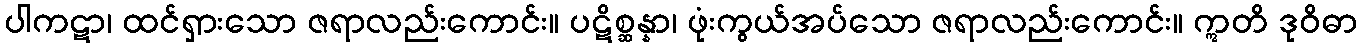
ပါကဋာ၊ ထင်ရှားသော ဇရာလည်းကောင်း။ ပဋိစ္ဆန္နာ၊ ဖုံးကွယ်အပ်သော ဇရာလည်းကောင်း။ ဣတိ ဒုဝိဓာ